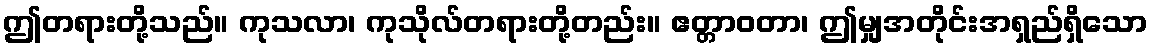
ဤတရားတို့သည်။ ကုသလာ၊ ကုသိုလ်တရားတို့တည်း။ ဧတ္တာဝတာ၊ ဤမျှအတိုင်းအရှည်ရှိသော